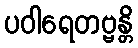
ပဝါရေတဗ္ဗန္တိ